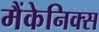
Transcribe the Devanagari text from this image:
मैंकेनिक्‍स